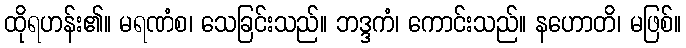
ထိုရဟန်း၏။ မရဏံစ၊ သေခြင်းသည်။ ဘဒ္ဒကံ၊ ကောင်းသည်။ နဟောတိ၊ မဖြစ်။